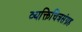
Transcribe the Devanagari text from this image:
व्यक्तिचित्रसंग्रह